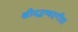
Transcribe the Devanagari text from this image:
श्रीमद्भग्वदगीता